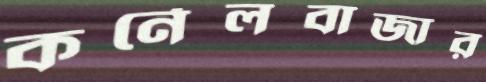
কর্নেলবাজার